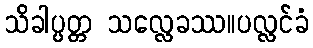
သိခါပ္ပတ္တ သလ္လေခဿ။ပလ္လင်ခံ